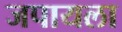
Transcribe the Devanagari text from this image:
जपायला